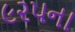
૯૨૫ના